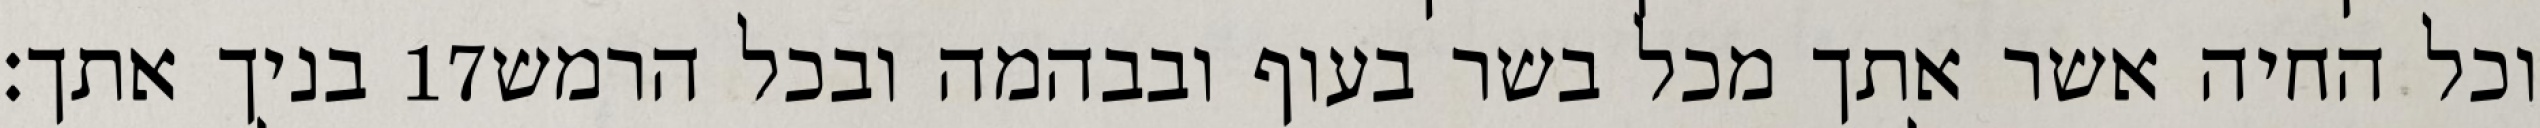
בניך אתך׃ ‎17‏ וכל החיה אשר אתך מכל בשר בעוף ובבהמה ובכל הרמש